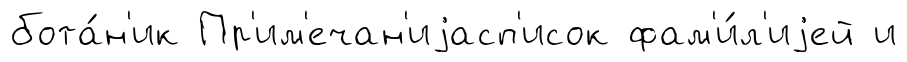
бота́н'ик Пр'им'ечан'иjасп'исок фам'и́л'иjей и